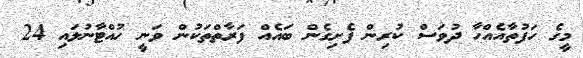
މީގެ ހަފުތާއެއްހާ ދުވަސް ކުރިން ފެށިގެން ބައެއް ފަރާތްތަކުން ވަނީ ހުއްޓާނުލައި 24